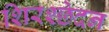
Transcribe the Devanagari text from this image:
शिरश्छेदन